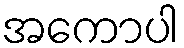
အကောပါ